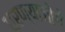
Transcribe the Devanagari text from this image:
धरण्याजोगे